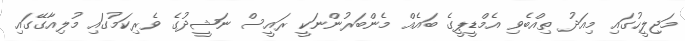
މަޖިލީހުގައި މިއަދު ތިއްބެވި އެމްޑީޕީގެ ބައެއް މެންބަރުންނަކީ ރައީސް ނަޝީދުގެ ވެރިކަމުގައި މުލިއާގޭގައި